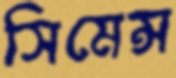
সিমেন্স